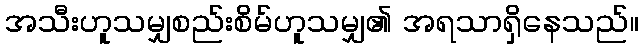
အသီးဟူသမျှစည်းစိမ်ဟူသမျှ၏ အရသာရှိနေသည်။